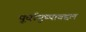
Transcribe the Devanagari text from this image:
पूर्वायुष्याबद्दल